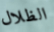
الظلال